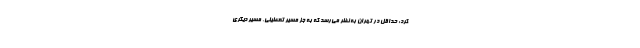
کرد: حداقل در تهران به نظر می‌رسد که به جز مسیر تعطیلی، مسیر دیگری